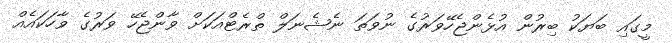
މީގައި ބަޔަކު ބިރުން އުޅެންޖެހޭވަރުގެ ނުވަތަ ނެޝެނަލް ތްރެޓްއަކަށް ވާންޖެހޭ ވަރުގެ ވާހަކައެއް